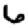
Digit: 6